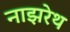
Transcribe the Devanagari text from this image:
नाझरेथ